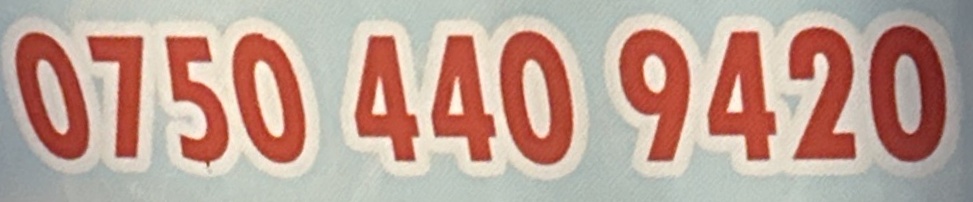
0750 440 9420